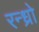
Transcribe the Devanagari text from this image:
रन्ध्रो